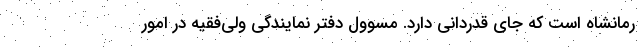
رمانشاه است که جای قدردانی دارد. مسوول دفتر نمایندگی ولی‌فقیه در امور